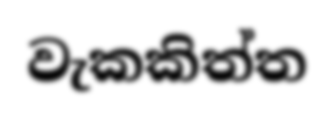
වැකකිත්ත